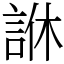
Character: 䛙